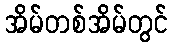
အိမ်တစ်အိမ်တွင်